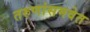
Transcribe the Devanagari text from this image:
तरुणांसमवेत